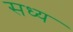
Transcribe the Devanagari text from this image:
सध्य